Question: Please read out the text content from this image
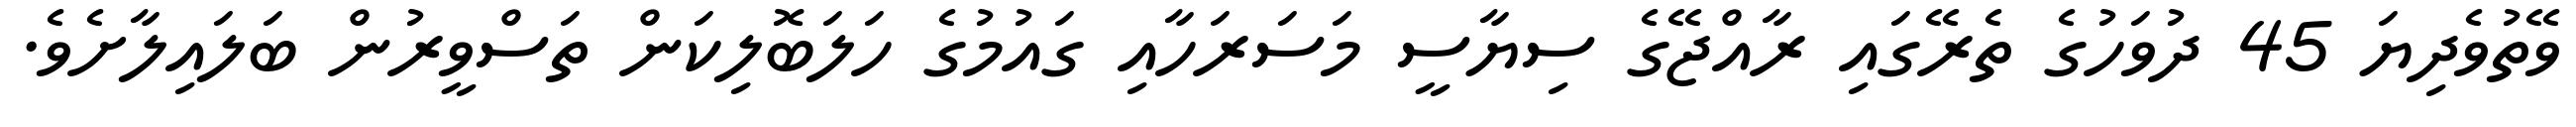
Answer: ވޭތުވެދިޔަ 45 ދުވަހުގެ ތެރޭގައި ރާއްޖޭގެ ސިޔާސީ މަސަރަހާއި ގައުމުގެ ހަލަބޮލިކަން ތަސްވީރުން ބަލައިލާށެވެ.